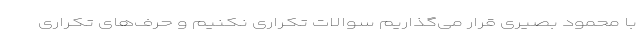
با محمود بصیری قرار می‌گذاریم سوالات تکراری نکنیم و حرف‌های تکراری